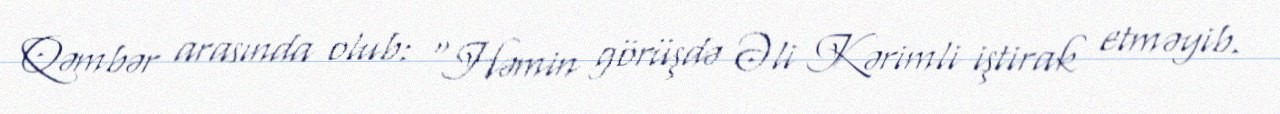
Qəmbər arasında olub: “Həmin görüşdə Əli Kərimli iştirak etməyib.